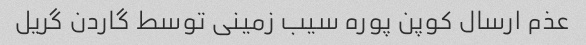
عذم ارسال کوپن پوره سیب زمینی توسط گاردن گریل